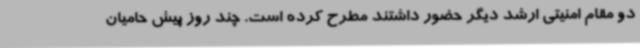
دو مقام امنیتی ارشد دیگر حضور داشتند مطرح کرده است. چند روز پیش حامیان